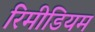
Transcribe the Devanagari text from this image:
रिमीडियम